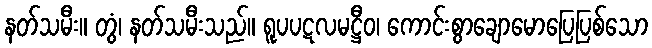
နတ်သမီး။ တွံ၊ နတ်သမီးသည်။ ရူပပဋလမဋ္ဌီဝ၊ ကောင်းစွာချောမောပြေပြစ်သော